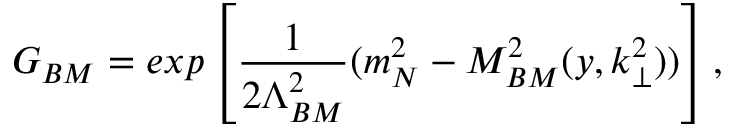
G _ { B M } = e x p \left[ { \frac { 1 } { 2 \Lambda _ { B M } ^ { 2 } } } ( m _ { N } ^ { 2 } - M _ { B M } ^ { 2 } ( y , k _ { \perp } ^ { 2 } ) ) \right] ,